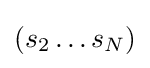
(s_{2}\ldots s_{N})